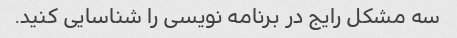
سه مشکل رایج در برنامه نویسی را شناسایی کنید.